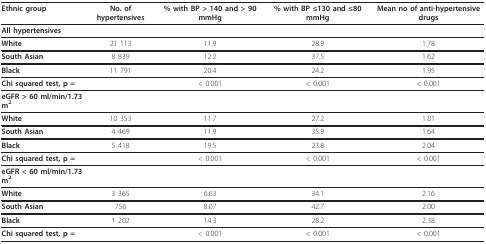
<table><thead><tr><td><b>Ethnic group</b></td><td><b>No. of hypertensives</b></td><td><b>% with BP &gt; 140 and &gt; 90 mmHg</b></td><td><b>% with BP ≤130 and ≤80 mmHg</b></td><td><b>Mean no of anti-hypertensive drugs</b></td></tr></thead><tbody><tr><td><b>All hypertensives</b></td><td></td><td></td><td></td><td></td></tr><tr><td><b>White</b></td><td>21 113</td><td>11.9</td><td>28.9</td><td>1.78</td></tr><tr><td><b>South Asian</b></td><td>8 839</td><td>12.2</td><td>37.5</td><td>1.62</td></tr><tr><td><b>Black</b></td><td>11 791</td><td>20.4</td><td>24.2</td><td>1.95</td></tr><tr><td><b>Chi squared test, p = </b></td><td></td><td>&lt; 0.001</td><td>&lt; 0.001</td><td>&lt; 0.001</td></tr><tr><td><b>eGFR &gt; 60 ml/min/1.73 m<sup>2</sup></b></td><td></td><td></td><td></td><td></td></tr><tr><td><b>White</b></td><td>10 353</td><td>11.7</td><td>27.2</td><td>1.81</td></tr><tr><td><b>South Asian</b></td><td>4 469</td><td>11.9</td><td>35.9</td><td>1.64</td></tr><tr><td><b>Black</b></td><td>5 418</td><td>19.5</td><td>23.8</td><td>2.04</td></tr><tr><td><b>Chi squared test, p = </b></td><td></td><td>&lt; 0.001</td><td>&lt; 0.001</td><td>&lt; 0.001</td></tr><tr><td><b>eGFR &lt; 60 ml/min/1.73 m<sup>2</sup></b></td><td></td><td></td><td></td><td></td></tr><tr><td><b>White</b></td><td>3 365</td><td>6.63</td><td>34.1</td><td>2.16</td></tr><tr><td><b>South Asian</b></td><td>756</td><td>8.07</td><td>42.7</td><td>2.00</td></tr><tr><td><b>Black</b></td><td>1 202</td><td>14.3</td><td>28.2</td><td>2.38</td></tr><tr><td><b>Chi squared test, p = </b></td><td></td><td>&lt; 0.001</td><td>&lt; 0.001</td><td>&lt; 0.001</td></tr></tbody></table>